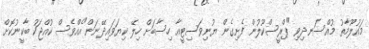
މައުލޫމާތު މުއްސަނދިވި "ޕްރީސްކޫލުން ފެށިގެން ޔުނިވަސިޓީއާ ހިސާބަށް ހިލޭ ކިޔަވައިދޭނަން"އެއްވެސް ކުއްޖަކު ބާކީނުކޮށް